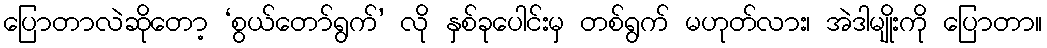
ပြောတာလဲဆိုတော့ ‘စွယ်တော်ရွက်’ လို နှစ်ခုပေါင်းမှ တစ်ရွက် မဟုတ်လား၊ အဲဒါမျိုးကို ပြောတာ။